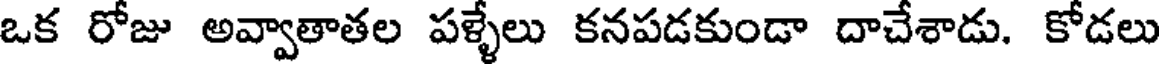
ఒక రోజు అవ్వాతాతల పళ్ళేలు కనపడకుండా దాచేశాడు. కోడలు